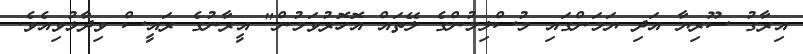
އިރާގު ސޫރިޔާ އަދި ޔަމަންގައި މުސްލިމުންގެ ލޭތައް އޮހޮރުވަމުން" އީރާނުގެ ރައީސް ވިދާޅުވިއެވެ.